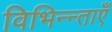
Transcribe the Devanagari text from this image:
विभिन्न्ताएँ